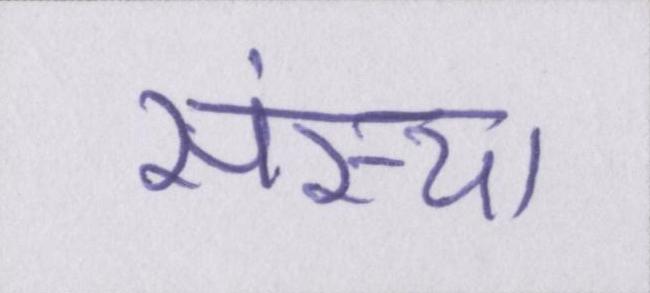
संस्था